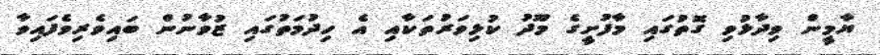
ޔާމީން ވިދާޅުވި ގޮތުގައި މާފުށީގެ މޫދު ކުޅިވަރުތަކާއި އެ ހިދުމަތުގައި ޒުވާނުން ބައިވެރިވެފައިވާ